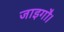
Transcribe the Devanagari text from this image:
जाइगौ।